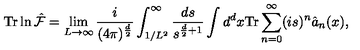
\mathrm { T r } \ln \hat { \cal F } = \lim _ { L \rightarrow \infty } \frac { i } { ( 4 \pi ) ^ { \frac { d } { 2 } } } \int _ { 1 / L ^ { 2 } } ^ { \infty } \frac { d s } { s ^ { \frac { d } { 2 } + 1 } } \int d ^ { d } x \mathrm { T r } \sum _ { n = 0 } ^ { \infty } ( i s ) ^ { n } \hat { a } _ { n } ( x ) ,